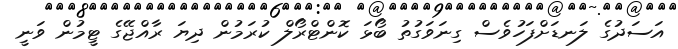
އަސަދުގެ ލަނޑަށްފަހުވެސް ގިނަވަގުތު ބޯޅަ ކޮންޓްރޯލް ކުރަމުން ދިޔަ ރާއްޖޭގެ ޓީމުން ވަނީ